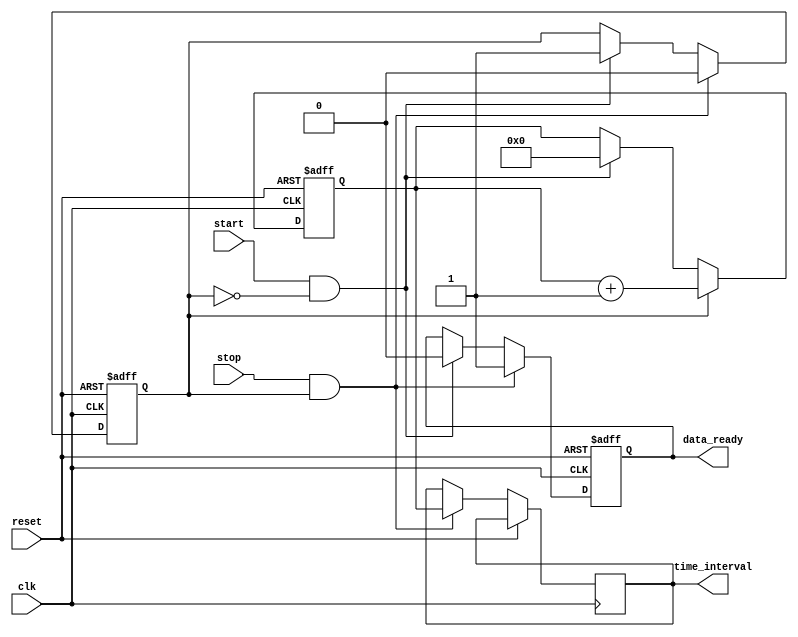
module tdc (
    input wire clk,         // Clock signal
    input wire start,       // Start signal
    input wire stop,        // Stop signal
    output reg [15:0] time_interval, // Measured time interval in clock cycles
    output reg data_ready,  // Signal to indicate data is ready
    input wire reset        // Reset signal
);

// Counter to measure clock cycles
reg [15:0] counter;  // 16-bit counter
reg counting;        // Flag to indicate if counting is active

// Memory to store time intervals (FIFO-like)
reg [15:0] memory [0:15]; // Simple memory with depth of 16
reg [3:0] mem_pointer; // Memory write pointer

// Sequential logic for counter and control
always @(posedge clk or posedge reset) begin
    if (reset) begin
        counter <= 16'b0;
        counting <= 1'b0;
        data_ready <= 1'b0;
        mem_pointer <= 4'b0;
    end else begin
        // Start detection (rising edge)
        if (start && !counting) begin
            counter <= 16'b0;  // Reset counter on start
            counting <= 1'b1;  // Start counting
            data_ready <= 1'b0; // Clear data ready signal
        end
        
        // Stop detection (rising edge)
        if (stop && counting) begin
            time_interval <= counter; // Capture the current count value
            memory[mem_pointer] <= counter; // Store in memory
            mem_pointer <= mem_pointer + 1; // Increment memory pointer
            counting <= 1'b0; // Stop counting
            data_ready <= 1'b1; // Indicate data is ready
        end

        // Counting logic
        if (counting) begin
            counter <= counter + 1; // Increment counter each clock cycle
        end
    end
end

endmodule